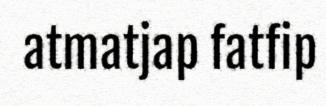
atmatjap fatfip